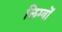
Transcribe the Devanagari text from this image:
लिम्बों